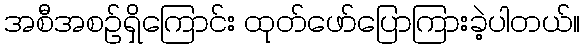
အစီအစဉ်ရှိကြောင်း ထုတ်ဖော်ပြောကြားခဲ့ပါတယ်။